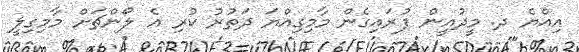
އިއްޔެ ދ. މީދުއީން ފުރައިގެން މާމިގިއްޔަ ދަތުރު ކުރި އެ ލޯންޗަށް މާމިގިލީ